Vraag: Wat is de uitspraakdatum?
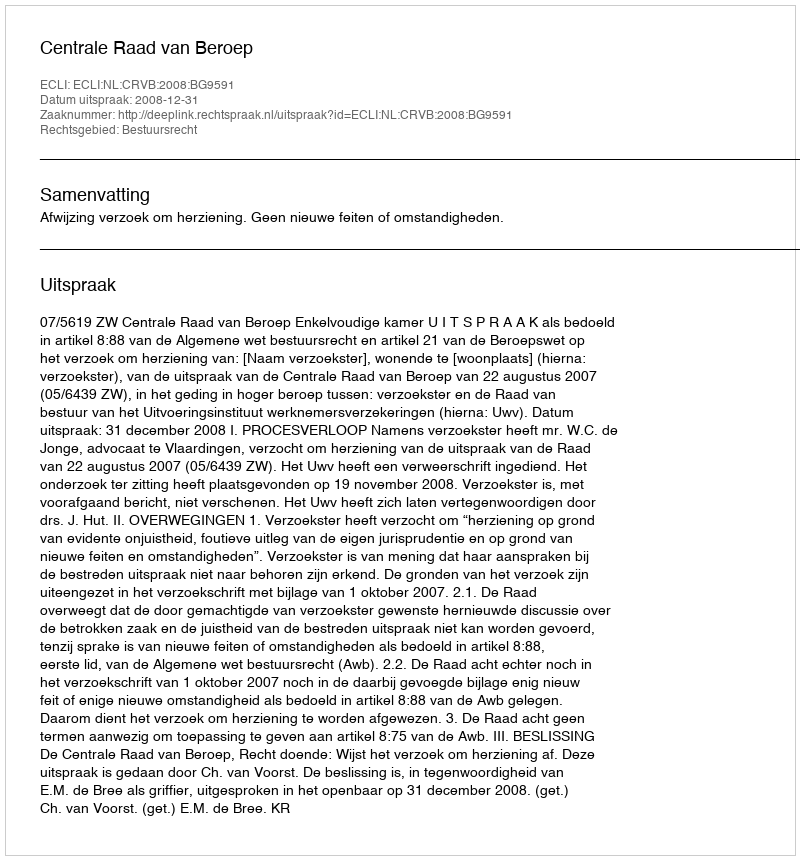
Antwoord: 2008-12-31